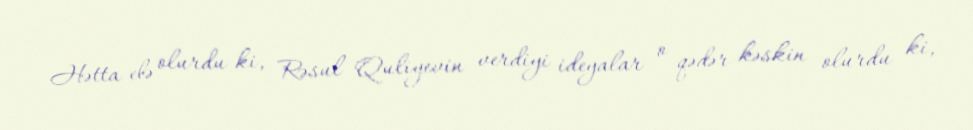
Hətta elə olurdu ki, Rəsul Quliyevin verdiyi ideyalar o qədər kəskin olurdu ki,